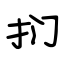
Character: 扪